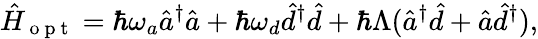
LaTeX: \hat{H}_{\mathrm{~o~p~t~}}=\hbar\omega_{a}\hat{a}^{\dagger}\hat{a}+\hbar\omega_{d}\hat{d}^{\dagger}\hat{d}+\hbar\Lambda(\hat{a}^{\dagger}\hat{d}+\hat{a}\hat{d}^{\dagger}),